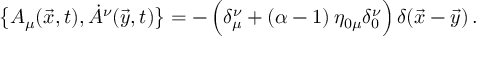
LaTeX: \bigl \{ A _ { \mu } ( \vec { x } , t ) , \dot { A } ^ { \nu } ( \vec { y } , t ) \bigr \} = - \, \Bigl ( \delta _ { \mu } ^ { \nu } + ( \alpha - 1 ) \, \eta _ { 0 \mu } \delta _ { 0 } ^ { \nu } \Bigr ) \, \delta ( \vec { x } - \vec { y } ) \, .